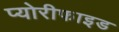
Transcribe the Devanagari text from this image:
प्योरीफाइड